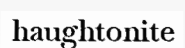
haughtonite